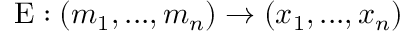
\mathrm { E } : ( m _ { 1 } , . . . , m _ { n } ) \rightarrow ( x _ { 1 } , . . . , x _ { n } )